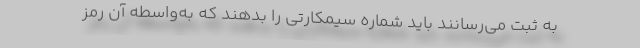
به ثبت می‌رسانند باید شماره سیمکارتی را بدهند که به‌واسطه آن رمز